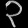
Digit: ၃